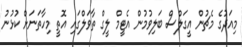
މިއަދުގެ މެޗުން އީގަލްސް ބަލިވުމުން އެޓީމް ލީގް ތާވަލްގައި އޮތީ މިހާތަނަށް ކުޅުނު